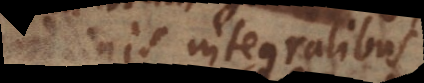
terminis integralibus,